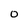
Character: O